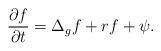
LaTeX: \begin{align*}\frac{\partial f}{\partial t}=\Delta _{g}f+r f+\psi.\end{align*}